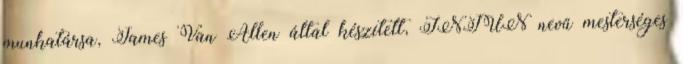
munkatársa, James Van Allen által készített, INJUN nevű mesterséges